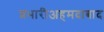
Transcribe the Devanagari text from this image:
प्रभारीअहमदाबाद